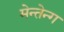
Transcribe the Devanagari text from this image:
मेन्तेन्ग